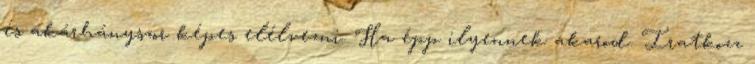
és akárhányszor képes elélvezni. Ha épp ilyennek akarod. Iratkozz